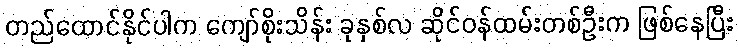
တည်ထောင်နိုင်ပါက ကျော်စိုးသိန်း ခုနှစ်လ ဆိုင်ဝန်ထမ်းတစ်ဦးက ဖြစ်နေပြီး